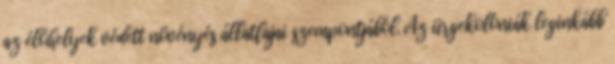
az élőhelyek védett növényés állatfajai szempontjából. Az ürgekolóniák leginkább